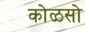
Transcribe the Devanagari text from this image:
कोळसो